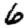
Digit: 6